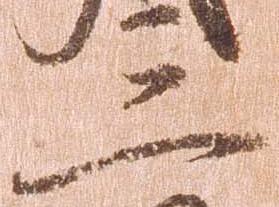
三